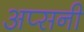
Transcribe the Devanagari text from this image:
अप्सनी